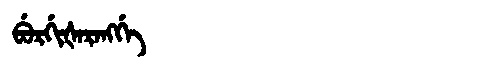
Manchu: ᠪᡠᡵᡤᡳᡧᠠᡵᠠᠩᡤᡝ
Romanization: BURGIŠARANGGE